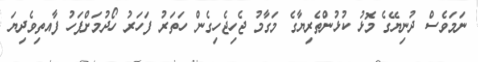
ނަމަވެސް ދުނިޔޭގެ މޮޅު ކުޅުންތެރިޔާގެ މަގާމު ޖެހިޖެހިގެން ހަތަރު ފަހަރު ހޯދުމަށްފަހު ފާއތިވެދިޔަ